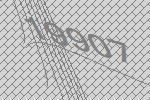
19907